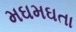
મઘમઘતા